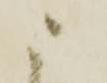
ニ